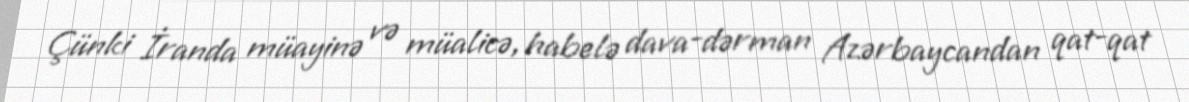
Çünki İranda müayinə və müalicə, habelə dava-dərman Azərbaycandan qat-qat